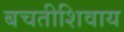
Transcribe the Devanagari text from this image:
बचतीशिवाय